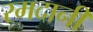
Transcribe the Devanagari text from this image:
रमदानी